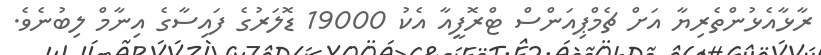
ރާޅާއެޅުންތެރިޔާ އަށް ޗެމްޕިއަންސް ޓްރޮފީއާ އެކު 19000 ޑޮލަރުގެ ފައިސާގެ އިނާމް ލިބުނެވެ.